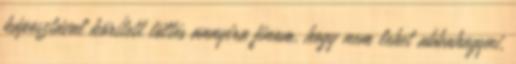
káposztával körített töltés annyira finom, hogy nem lehet abbahagyni,